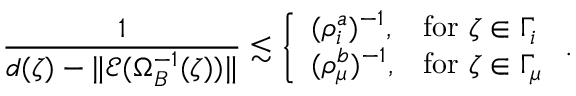
\frac { 1 } { \mathfrak { d } ( \zeta ) - \| \mathcal { E } ( \Omega _ { B } ^ { - 1 } ( \zeta ) ) \| } \lesssim \left\{ \begin{array} { l l } { ( \rho _ { i } ^ { a } ) ^ { - 1 } , } & { \mathrm { f o r } \ \zeta \in \Gamma _ { i } } \\ { ( \rho _ { \mu } ^ { b } ) ^ { - 1 } , } & { \mathrm { f o r } \ \zeta \in \Gamma _ { \mu } } \end{array} \right. .